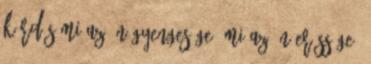
kérdés Mi az Ön gyengesége? Mi az Ön erőssége?